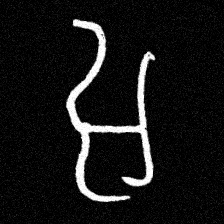
Pyu character \u2014 Myanmar letter: အ (romanized: a)